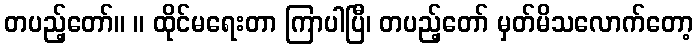
တပည့်တော်။ ။ ထိုင်မရေးတာ ကြာပါပြီ၊ တပည့်တော် မှတ်မိသလောက်တော့